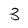
Character: 3